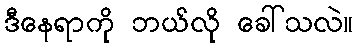
ဒီနေရာကို ဘယ်လို ခေါ်သလဲ။